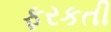
ફરકતી